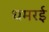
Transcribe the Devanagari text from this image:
धमरई